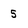
Character: 5